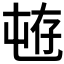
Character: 𱛄